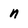
Character: n